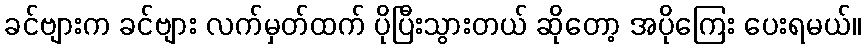
ခင်ဗျားက ခင်ဗျား လက်မှတ်ထက် ပိုပြီးသွားတယ် ဆိုတော့ အပိုကြေး ပေးရမယ်။